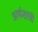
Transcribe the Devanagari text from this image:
अर्थशात्री